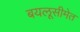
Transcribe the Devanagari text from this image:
बयलूसीमेत